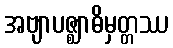
အဗျာပဇ္ဈာဓိမှတ္တဿ